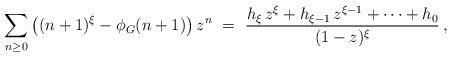
LaTeX: \begin{align*} \sum_{ n \ge 0 } \left( (n+1)^\xi - \phi_G(n+1) \right) z^n \ = \ \frac{ h_\xi \, z^\xi + h_{ \xi-1 } \, z^{ \xi-1 } + \dots + h_0 }{ (1-z)^\xi } \, ,\end{align*}